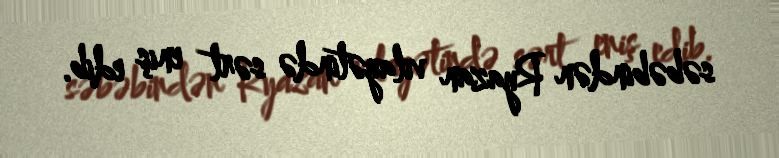
səbəbindən Ryazan vilayətində sərt eniş edib.